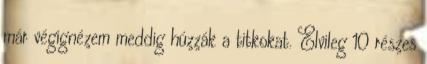
már végignézem meddig húzzák a titkokat. Elvileg 10 részes